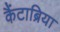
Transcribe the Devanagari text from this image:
कैंटाब्रिया